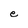
Character: e